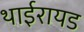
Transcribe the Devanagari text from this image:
थाईरायड